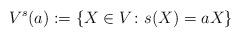
LaTeX: \begin{gather*}V^s(a):=\{X\in V\colon s(X)=aX\}\end{gather*}